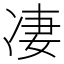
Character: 凄